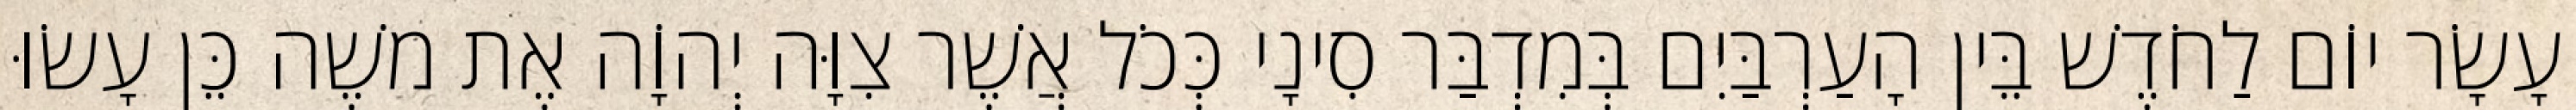
עָשָׂר יוֹם לַחֹדֶשׁ בֵּין הָעַרְבַּיִם בְּמִדְבַּר סִינָי כְּכֹל אֲשֶׁר צִוָּה יְהוָֹה אֶת משֶׁה כֵּן עָשׂוּ